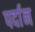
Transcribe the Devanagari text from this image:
पर्दान